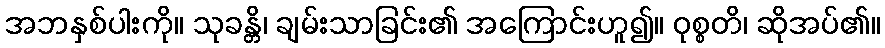
အဘနှစ်ပါးကို။ သုခန္တိ၊ ချမ်းသာခြင်း၏ အကြောင်းဟူ၍။ ဝုစ္စတိ၊ ဆိုအပ်၏။